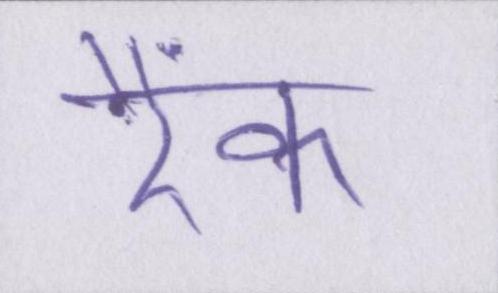
रैंक